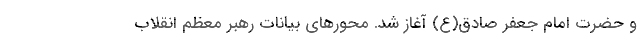
و حضرت امام جعفر صادق(ع) آغاز شد. محورهای بیانات رهبر معظم انقلاب